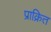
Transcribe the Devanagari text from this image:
प्राक्रित